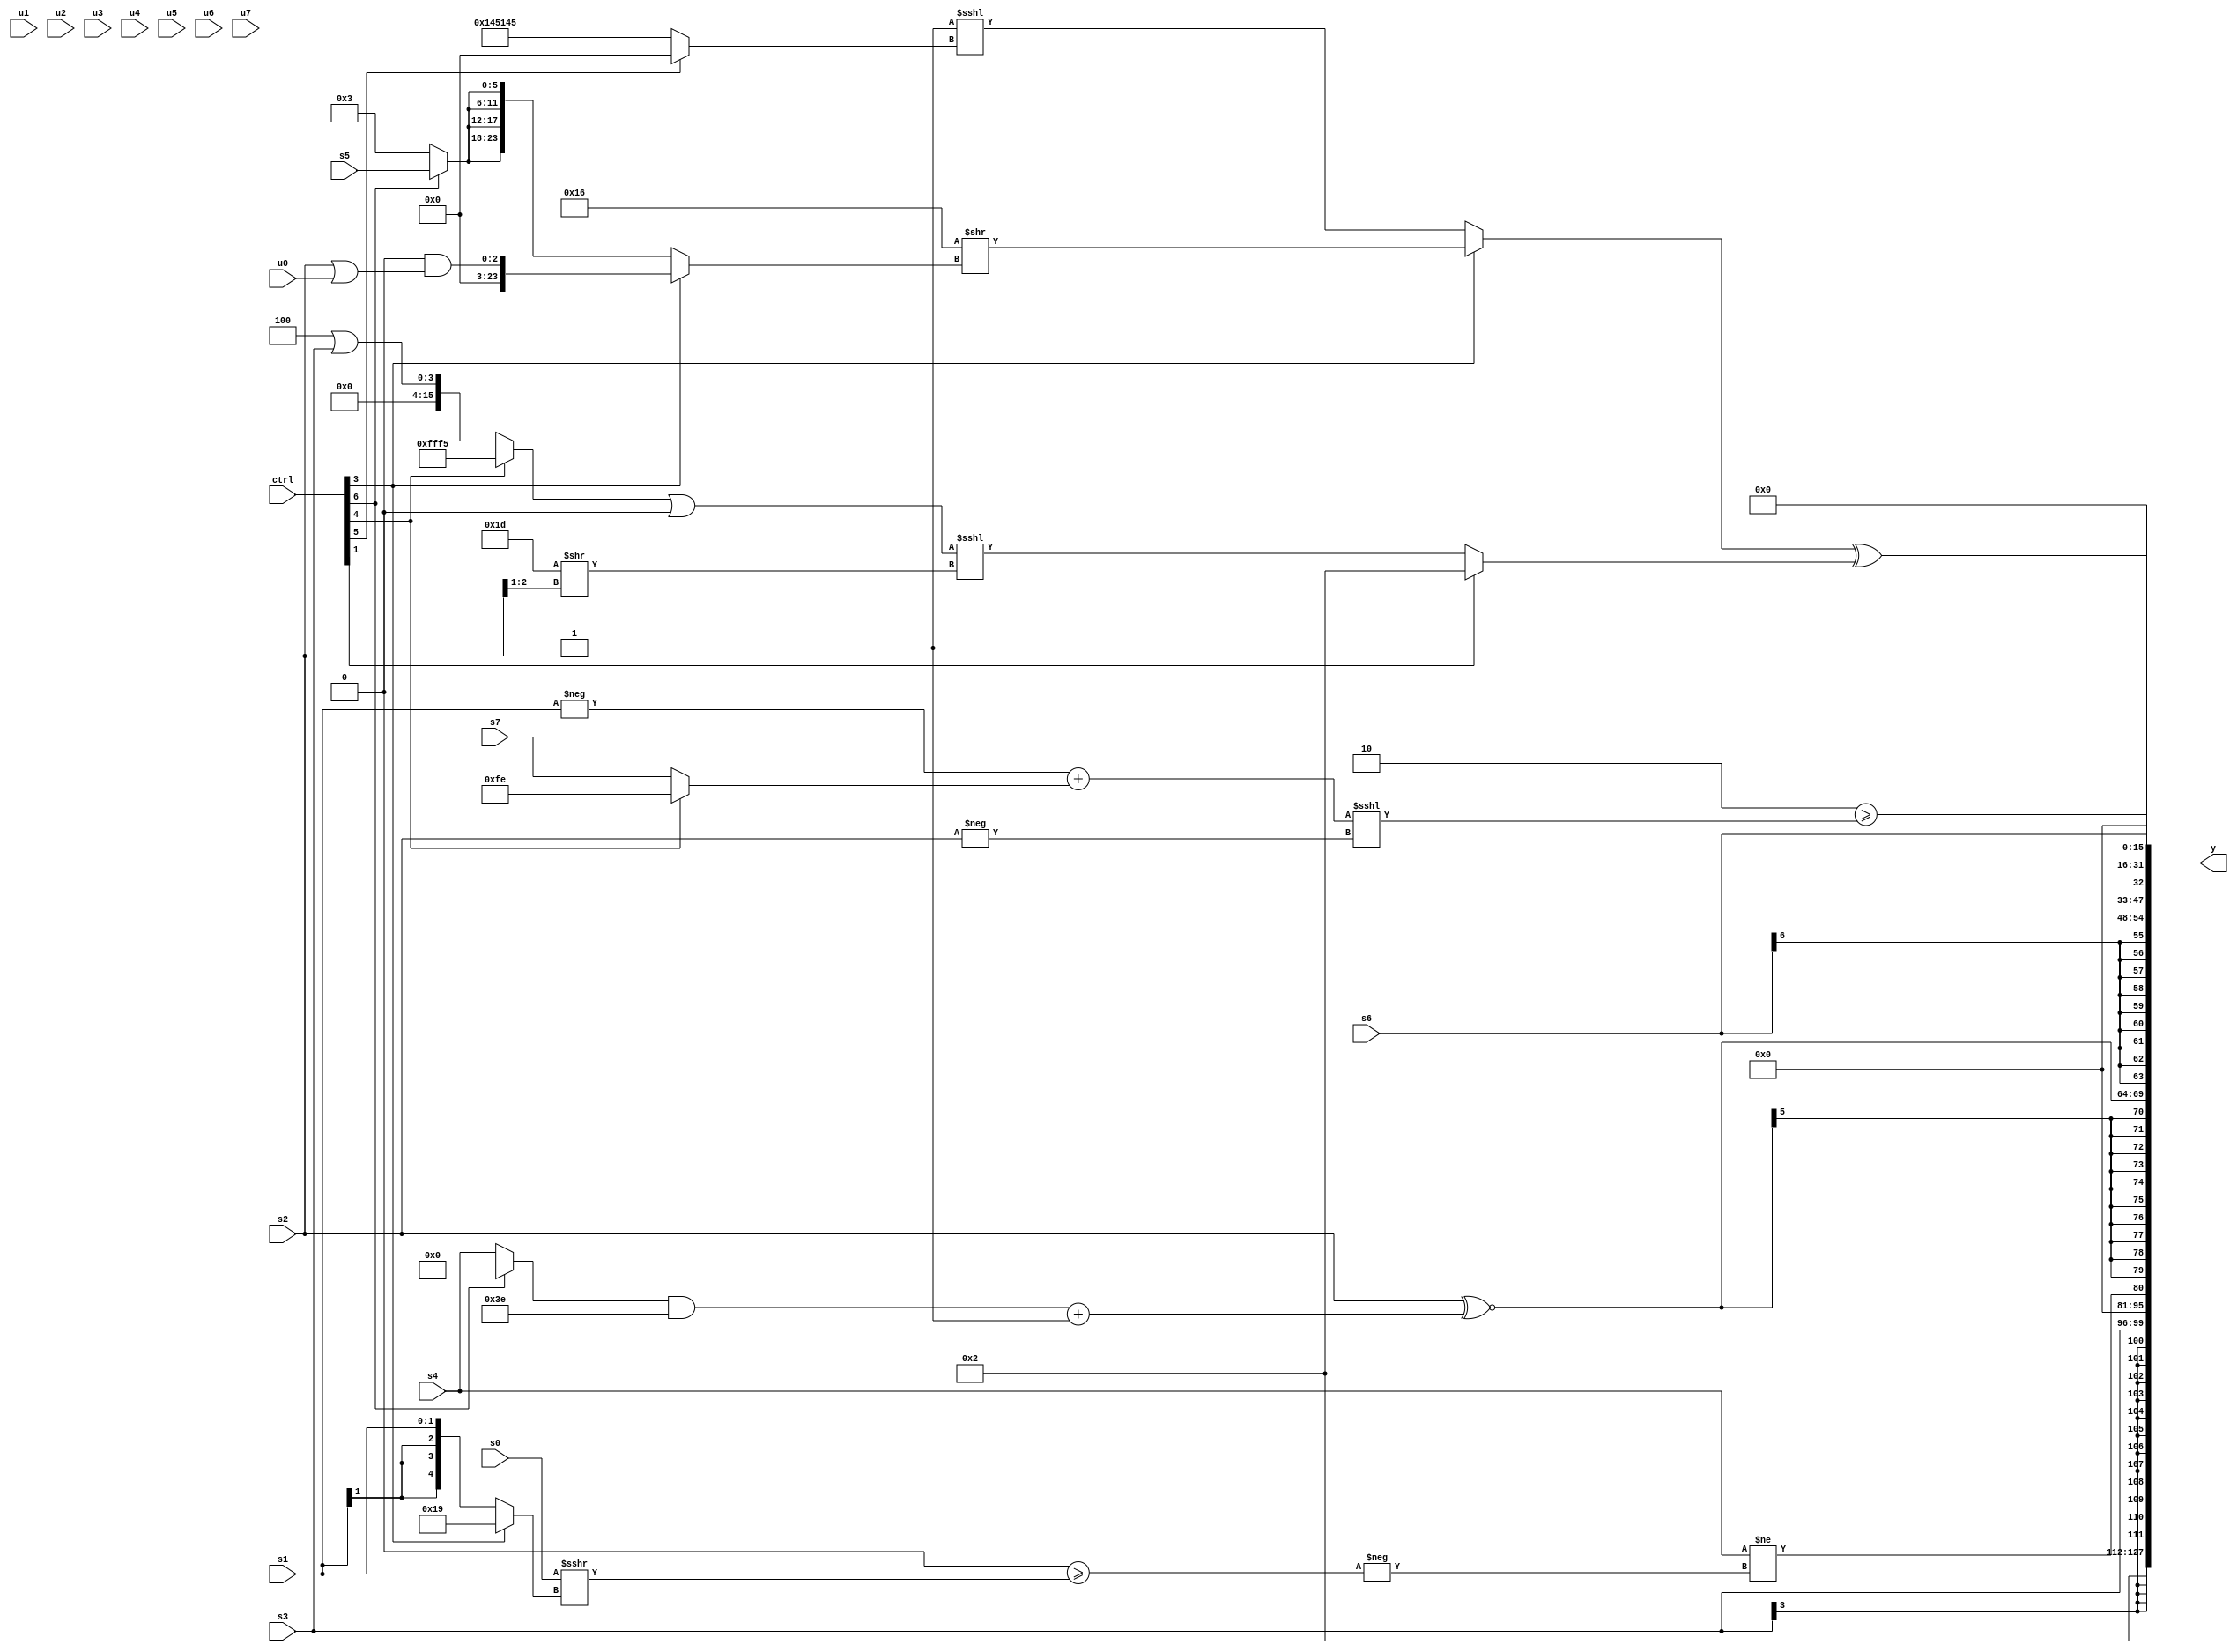
module wideexpr_00093(ctrl, u0, u1, u2, u3, u4, u5, u6, u7, s0, s1, s2, s3, s4, s5, s6, s7, y);
  input [7:0] ctrl;
  input [0:0] u0;
  input [1:0] u1;
  input [2:0] u2;
  input [3:0] u3;
  input [4:0] u4;
  input [5:0] u5;
  input [6:0] u6;
  input [7:0] u7;
  input signed [0:0] s0;
  input signed [1:0] s1;
  input signed [2:0] s2;
  input signed [3:0] s3;
  input signed [4:0] s4;
  input signed [5:0] s5;
  input signed [6:0] s6;
  input signed [7:0] s7;
  output [127:0] y;
  wire [15:0] y0;
  wire [15:0] y1;
  wire [15:0] y2;
  wire [15:0] y3;
  wire [15:0] y4;
  wire [15:0] y5;
  wire [15:0] y6;
  wire [15:0] y7;
  assign y = {y0,y1,y2,y3,y4,y5,y6,y7};
  assign y0 = 3'sb010;
  assign y1 = s3;
  assign y2 = (s4)!=(-((((4'sb1110)>=(5'b10010))<<((4'b0001)<<(1'b1)))>=((^(s0))>>>((ctrl[3]?5'sb11001:s1)))));
  assign y3 = $signed((s2)^~($signed((((ctrl[6]?$signed(1'sb0):s4))&(-(-(6'sb111110))))+(+(+(1'b1))))));
  assign y4 = s6;
  assign y5 = (3'sb110)>=(((-(s1))+((ctrl[4]?4'sb1110:s7)))<<<(-($unsigned((s2)>>(1'sb0)))));
  assign y6 = ((ctrl[3]?(5'sb10110)>>($signed((ctrl[3]?(2'b00)&((s2)|(u0)):{4{(ctrl[6]?s5:3'sb011)}}))):(+((6'sb001001)^(5'sb01000)))<<<((ctrl[5]?3'b000:({4{6'sb000101}})|($unsigned(-(2'sb00)))))))^((ctrl[1]?4'sb0010:+((((ctrl[4]?-(4'b1011):(5'sb00100)|(s3)))|(1'sb0))<<<((5'b11101)>>($signed((s2)>>(4'sb0001)))))));
  assign y7 = -(1'sb0);
endmodule